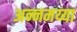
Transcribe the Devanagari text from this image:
अन्नमय्या